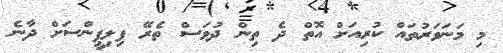
މި މަނަވަރުތައް ކުރިއަށް އޮތް ދެ ތިން ދުވަސް ތެރޭ ފިލިޕީންސަށް ދާނެ